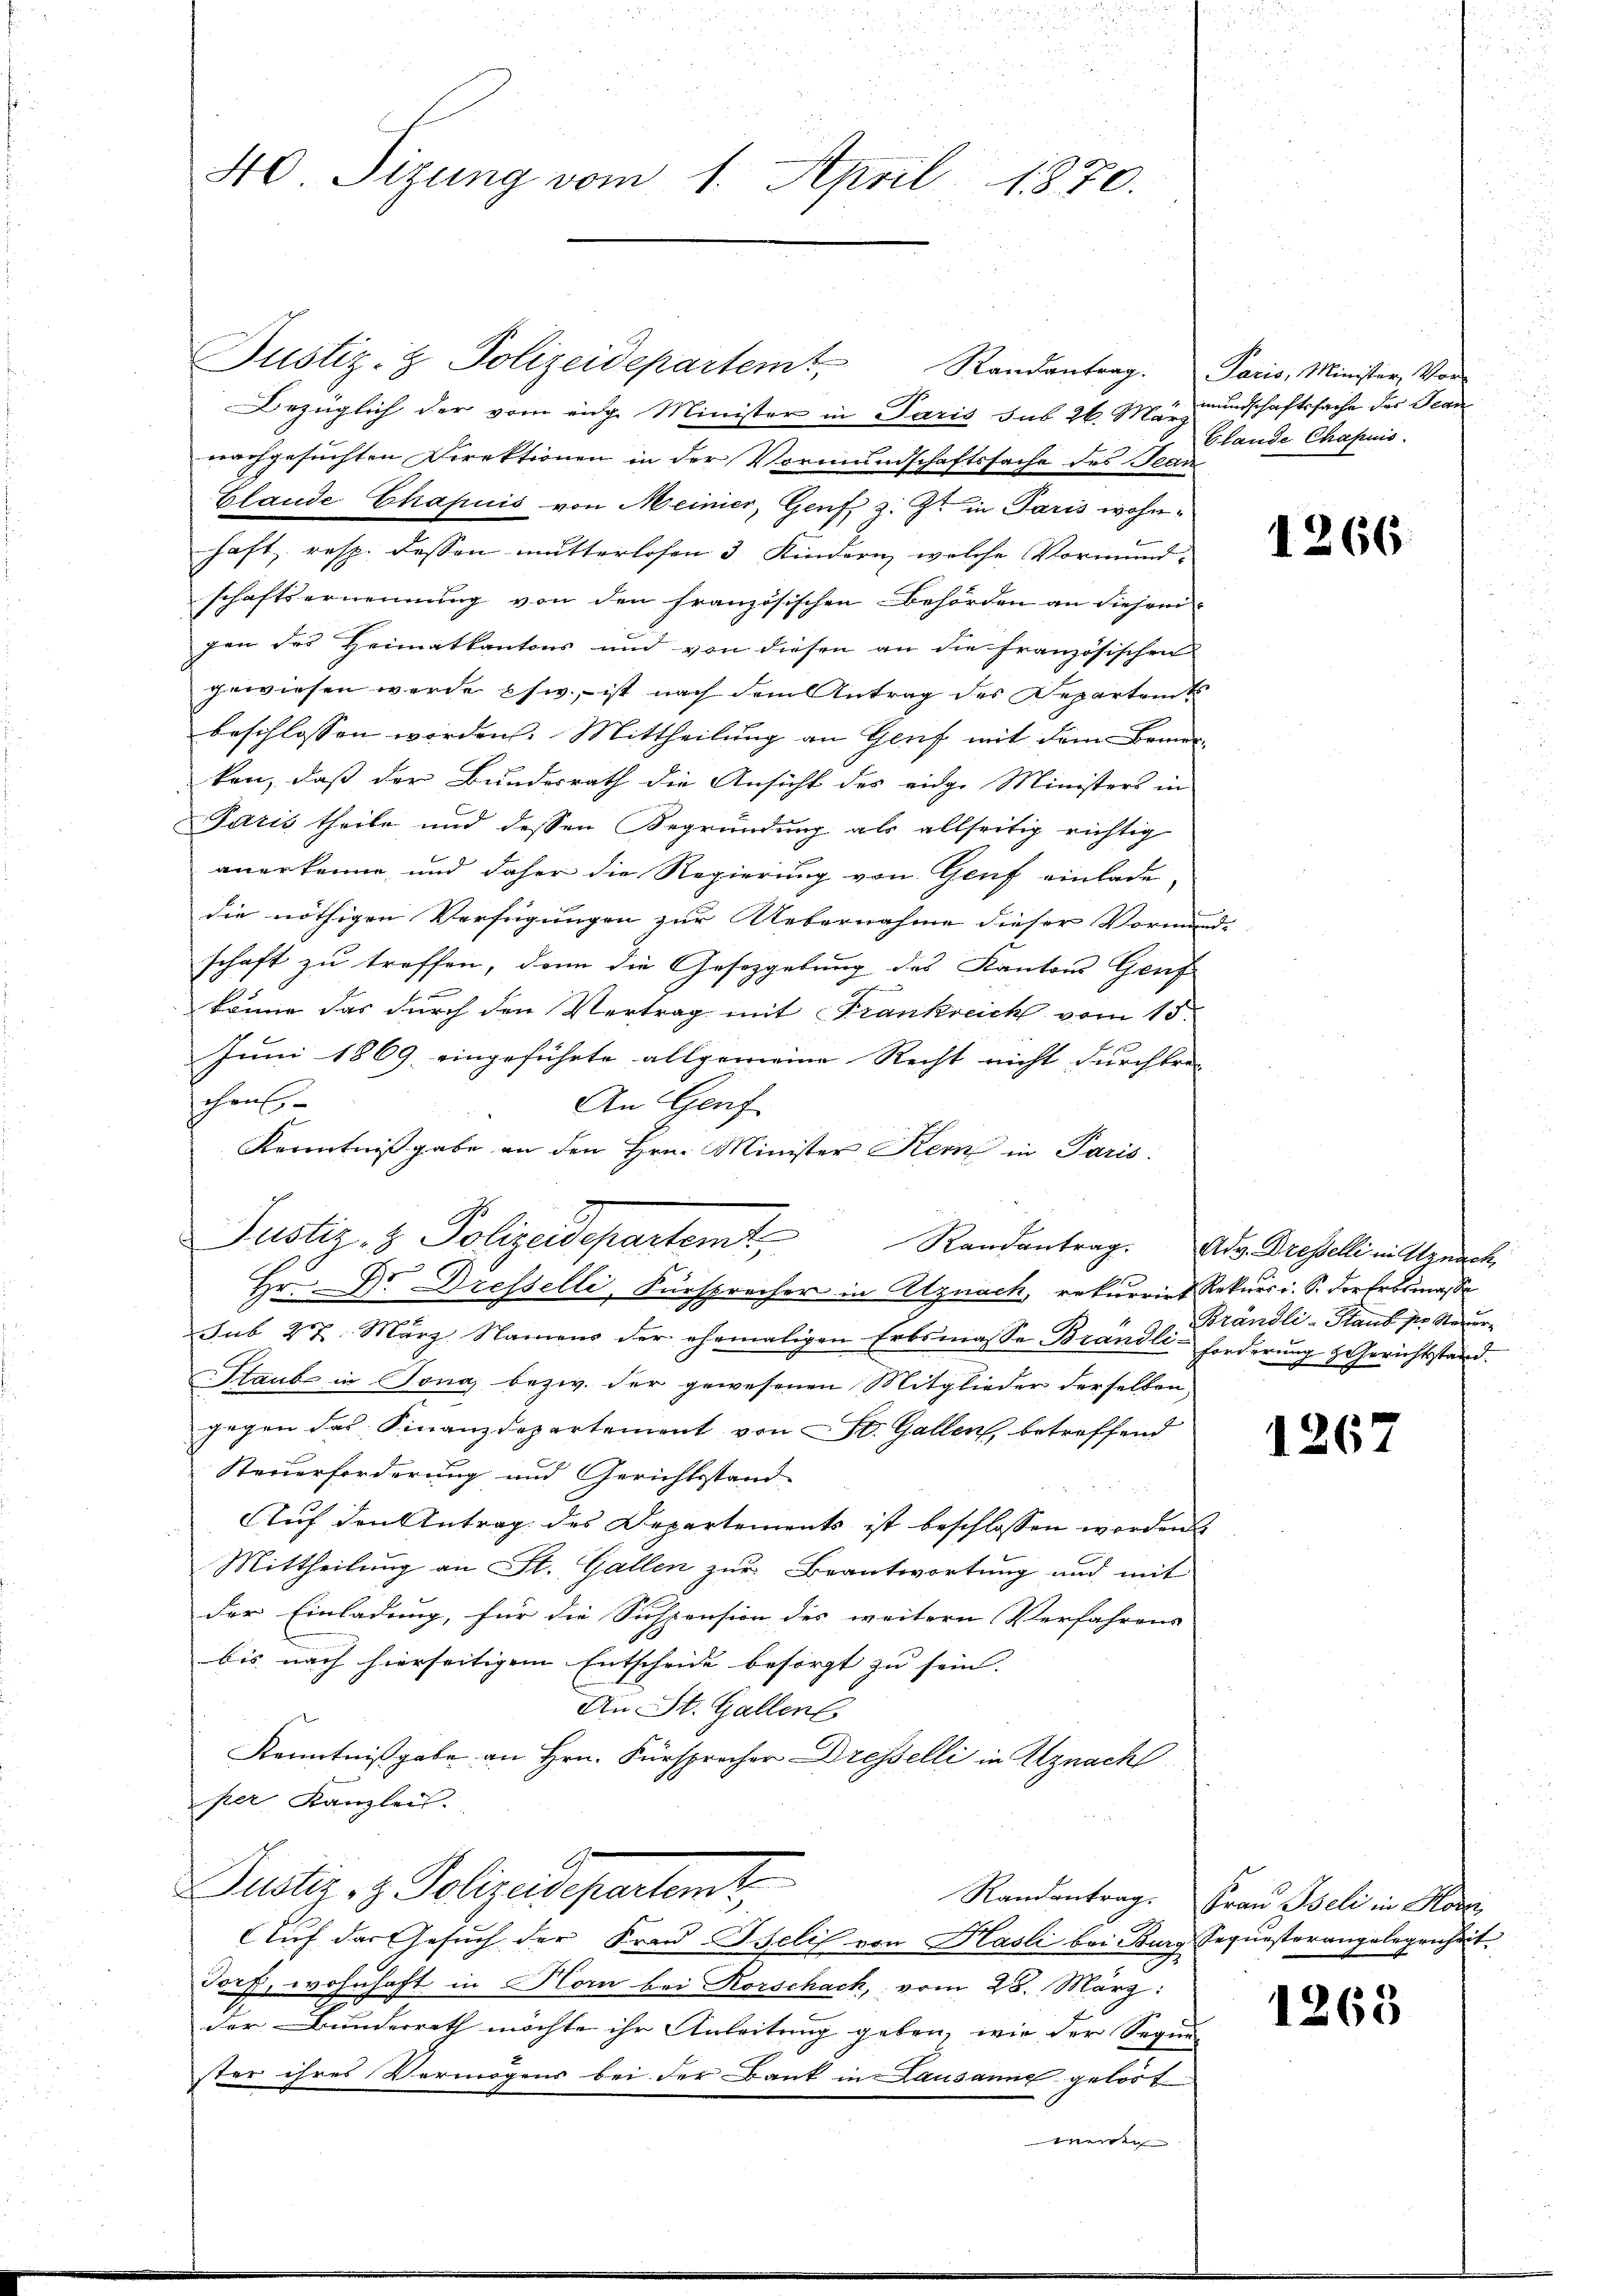
40 Sizung vom 1. April 1870.

Justiz- & Polizeidepartem Randantrag. Paris, Minister, Vor-
Bezüglich der vom eige Minister in Paris das 26. 9t mundschaftssache des Jean
nachgesuchten Direktionen in der Vormundschaftssache des Jean
Elande Chapuis von Meinier, Genf z. Zt. in Paris wohnhaft, resp. dessen mutterlosen 3 Kindern, welche Vormund-
schaftsernennung von den französischen Behörden an diesem
gen des Heimatkantons und von diesen an die französischen
gewiesen werde psw., ist nach dem Antrag des Departem
beschlossen worden. Mittheilung an Genf mit dem Bemerken, daß der Bundesrath die Ansicht des eidge Ministers in
Paris theile und dessen Begründung als allseitig richtig
anerkenne, und daher die Regierung von Genf einlade-
die nöthigen Verfügungen zur Uebernahme dieser Vormund-
schaft zu treffen, dann die Gesetzgebung des Kantons Genf
könne das durch den Vertrag mit Frankreich vom 15.
Juni 1869 eingeführte allgemeine Recht nicht durchbri- |
chaus
An Genf
Kenntnißgabe an den Hrn. Minister Kern in Paris
Hr. Dr. Dresselli, Fürsprecher in Atznach, rekurrirt Rekurs i. S. der Erbsmasse
sub 27. März Namens der ehemaligen Erbsmasse Brändli-Forderung & Gerichtsstand¬
Staub in Jona bezw. der gewesenen Mitglieder derselben
gegen das Finanzdepartement von St. Gallen, betreffend
Steuerforderung und Gerichtsstand
Auf den Antrag des Departements ist beschlossen worden
Mittheilung an St. Gallen zur Beantwortung und mit
der Einladung, für die Suspension des weitern Verfahrens
bis nach hierseitigem Entscheide besorgt zu sein. |
An St. Gallent
Kenntnißgabe an Hrn. Fürsprecher Dresselli in Uznach
per Kanzlei.
Justiz & Polizeidepartamt,
Randantrag. Frau Iseli in Horn
Auf das Gesuch der Frau Iselis von Hasli bei Burg Sequesterangelegenheit
Dorf, wohnhaft in Hom bei Korschach, vom 28. März:
der Bunderrath möchte ihr Anleitung geben, wie der Sequi-
ster ihres Vermögens bei der Bank in Lausanne gelöst
werden

A
Justiz- & Polizeidepartem Randantrag des Drestelli in Alpench

Elande Chapuis

1266

Brändli-Haus pr. Recur

1267

1263